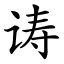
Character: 诪